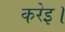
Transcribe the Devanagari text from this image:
करेइ।